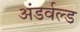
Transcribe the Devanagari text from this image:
अंडर्वल्ड